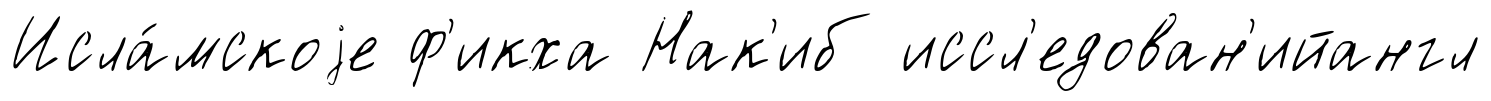
Исла́мскоjе ф'икха Нак'иб иссл'едован'ийангл